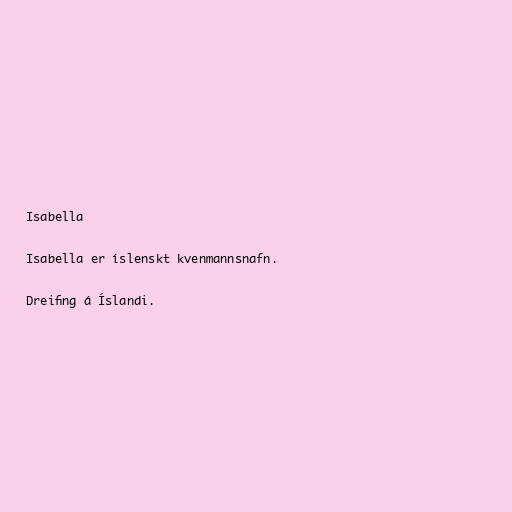
Isabella

Isabella er íslenskt kvenmannsnafn.

Dreifing á Íslandi.